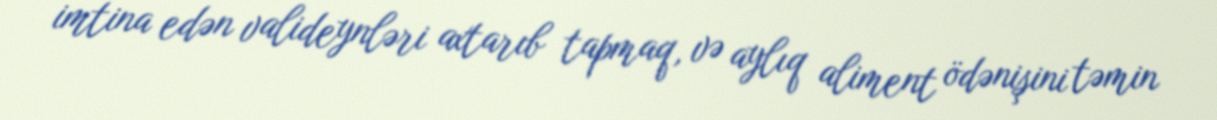
imtina edən valideynləri axtarıb tapmaq, və aylıq aliment ödənişini təmin